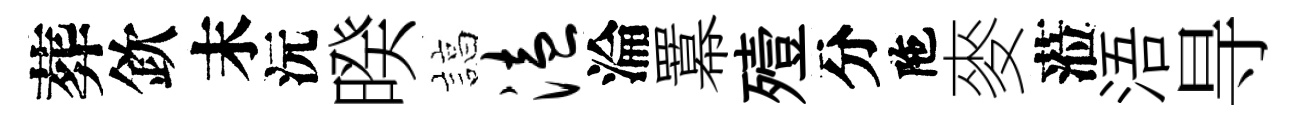
葬欽末沅暌諄溘淪羃殪分陁麥蒞浯㝵